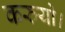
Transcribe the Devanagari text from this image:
करुयो।